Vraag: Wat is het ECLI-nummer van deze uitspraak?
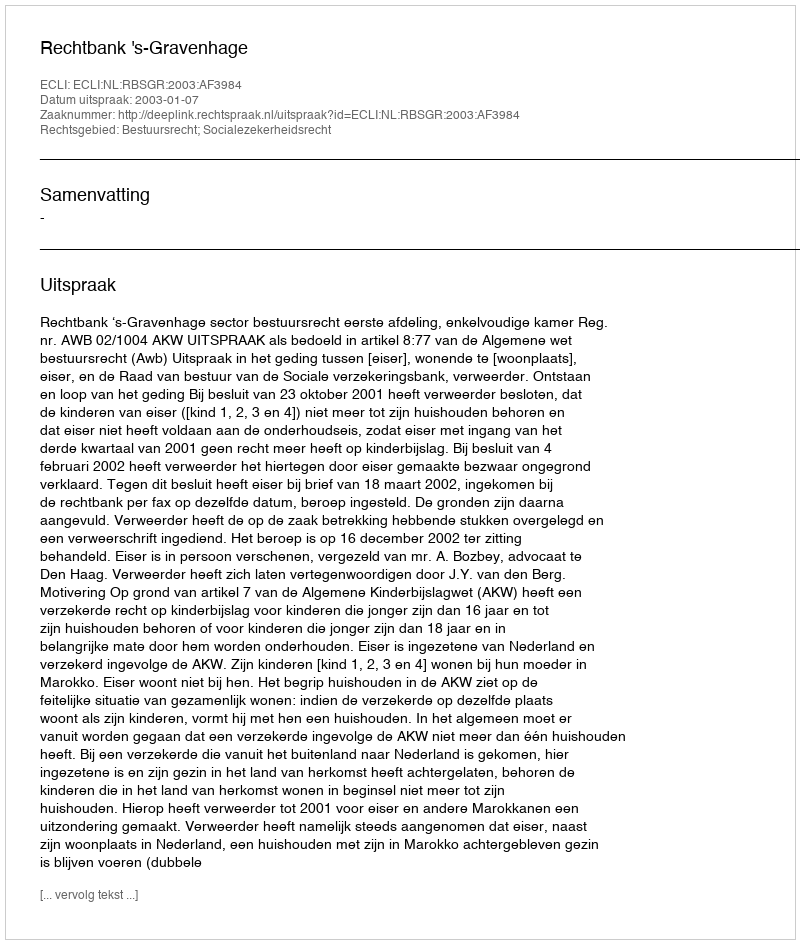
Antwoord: ECLI:NL:RBSGR:2003:AF3984